Black-water fever - Number 35
Disease focus: Fever
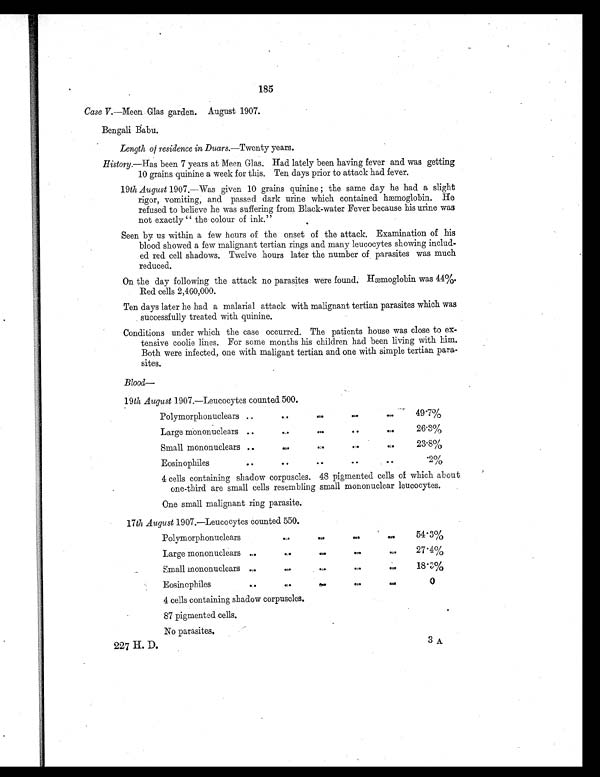
185
Case V. —Meen Glas garden. August 1907.
Bengali Babu.
Length of residence in Duars.—Twenty years.
History.—Has been 7 years at Meen Glas. Had lately been having fever and was getting
10 grains quinine a week for this. Ten days prior to attack had fever.
19th August 1907.—Was given 10 grains quinine ; the same day he had a slight
rigor, vomiting, and passed dark urine which contained hæmoglobin. He
refused to believe he was suffering from Black-water Fever because his urine was
not exactly " the colour of ink."
Seen by us within a few hours of the onset of the attack. Examination of his
blood showed a few malignant tertian rings and many leucocytes showing includ-
ed red cell shadows. Twelve hours later the number of parasites was much
reduced.
On the day following the attack no parasites were found. Hæmoglobin was 44%.
Red cells 2,460,000.
Ten days later he had a malarial attack with malignant tertian parasites which was
successfully treated with quinine.
Conditions under which the case occurred. The patients house was close to ex-
tensive coolie lines. For some months his children had been living with him.
Both were infected, one with maligant tertian and one with simple tertian para-
sites.
Blood
—
19 th August 1907.—Leucocytes counted 500.
Polymorphonuclears ..
. .
..
..
..
49.7%
Large mononuclears
.. .. .. .. ..
26.3%
Small mononuclears ..
.. .. .. ..
23.8%
Eosinophiles
.. .. ..
..
..
.2%
4 cells containing shadow corpuscles. 48 pigmented cells of which about
one-third are small cells resembling small mononuclear leucocytes.
One small malignant ring parasite.
17th August 1907.—Leucocytes counted 550.
Polymorphonuclears ..
.. .. .. ..
54.3%
Large mononuclears
.. .. .. ..
..
27.4%
Small mononuclears
.. .. .. .. ..
18.3%
Eosinophiles
.. .. .. .. ..
0
4 cells containing shadow corpuscles.
87 pigmented cells.
No parasites.
227 H. D.
3A